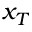
x _ { T }